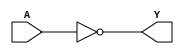
/*
 * Copyright 2020 The SkyWater PDK Authors
 *
 * Licensed under the Apache License, Version 2.0 (the "License");
 * you may not use this file except in compliance with the License.
 * You may obtain a copy of the License at
 *
 *     https://www.apache.org/licenses/LICENSE-2.0
 *
 * Unless required by applicable law or agreed to in writing, software
 * distributed under the License is distributed on an "AS IS" BASIS,
 * WITHOUT WARRANTIES OR CONDITIONS OF ANY KIND, either express or implied.
 * See the License for the specific language governing permissions and
 * limitations under the License.
 *
 * SPDX-License-Identifier: Apache-2.0
*/


`ifndef SKY130_FD_SC_LS__BUFINV_BEHAVIORAL_V
`define SKY130_FD_SC_LS__BUFINV_BEHAVIORAL_V

/**
 * bufinv: Buffer followed by inverter.
 *
 * Verilog simulation functional model.
 */

`timescale 1ns / 1ps
`default_nettype none

`celldefine
module sky130_fd_sc_ls__bufinv (
    Y,
    A
);

    // Module ports
    output Y;
    input  A;

    // Module supplies
    supply1 VPWR;
    supply0 VGND;
    supply1 VPB ;
    supply0 VNB ;

    // Local signals
    wire not0_out_Y;

    //  Name  Output      Other arguments
    not not0 (not0_out_Y, A              );
    buf buf0 (Y         , not0_out_Y     );

endmodule
`endcelldefine

`default_nettype wire
`endif  // SKY130_FD_SC_LS__BUFINV_BEHAVIORAL_V